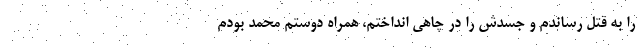
را به قتل رساندم و جسدش را در چاهی انداختم، همراه دوستم محمد بودم